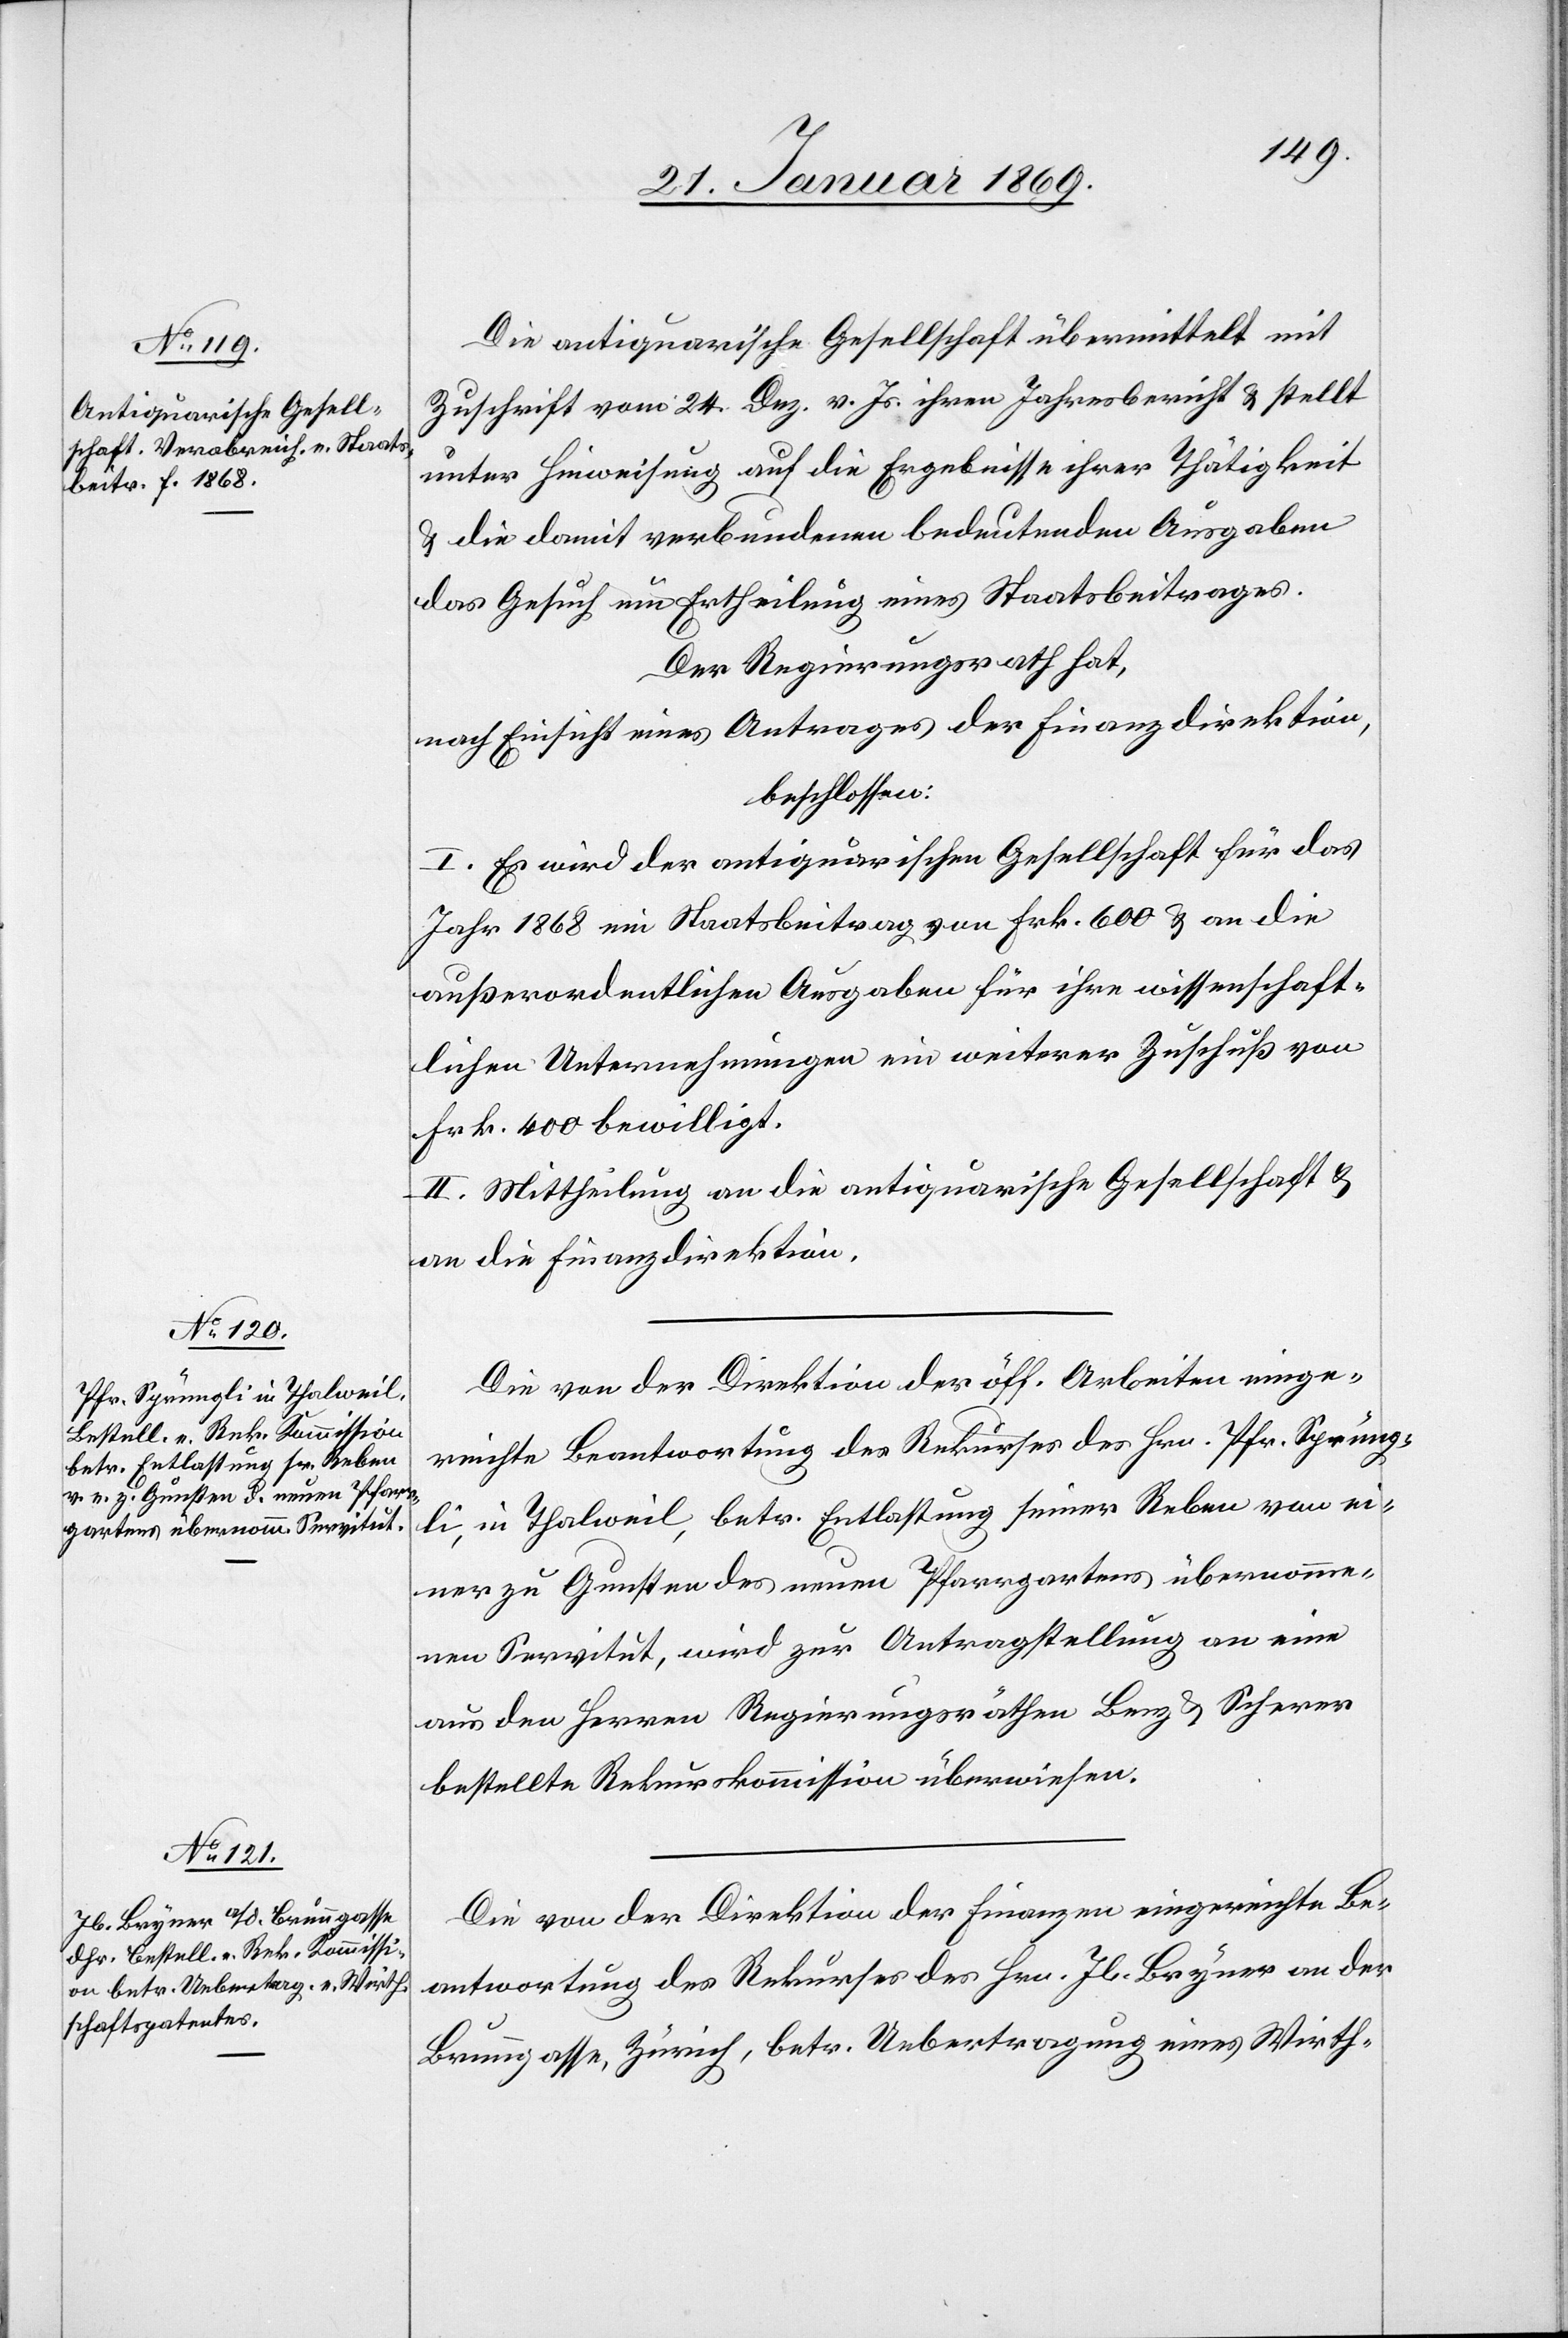
Die antiquarische Gesellschaft übermittelt mit
Zuschrift vom 24. Dez. v. Js. ihren Jahresbericht & stellt
unter Hinweisung auf die Ergebnisse ihrer Thätigkeit
& die damit verbundenen bedeutenden Ausgaben
das Gesuch um Ertheilung eines Staatsbeitrages.
Der Regierungsrath hat,
nach Einsicht eines Antrages der Finanzdirektion,
beschlossen:
I. Es wird der antiquarischen Gesellschaft für das
Jahr 1868 ein Staatsbeitrag von Frk. 600 & an die
außerordentlichen Ausgaben für ihre wissenschaft¬
lichen Unternehmungen ein weiterer Zuschuß von
Frk. 400 bewilligt.
II. Mittheilung an die antiquarische Gesellschaft &
an die Finanzdirektion.
Die von der Direktion der öff. Arbeiten einge¬
reichte Beantwortung des Rekurses des Hrn. Pfr. Sprüng¬
li, in Thalweil, betr. Entlastung seiner Reben von ei¬
ner zu Gunsten des neuen Pfarrgartens übernomme¬
nen Servitut, wird zu Antragstellung an eine
aus den Herrn Regierungsräthen Benz & Scherer
bestellte Rekurskommission überwiesen.
Die von der Direktion der Finanzen eingereichte Be¬
antwortung des Rekurses des Hrn. Jb. Bryner an der
Brunngasse, Zürich, betr. Uebertragung eines Wirth-